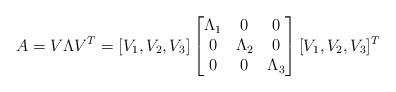
LaTeX: \begin{align*} A = V\Lambda V^T = [V_1,V_2,V_3] \begin{bmatrix} \Lambda_1 & 0 & 0 \\ 0 & \Lambda_2 & 0 \\ 0 & 0 & \Lambda_3 \end{bmatrix} [V_1,V_2,V_3]^T\end{align*}